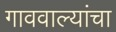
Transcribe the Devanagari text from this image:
गाववाल्यांचा